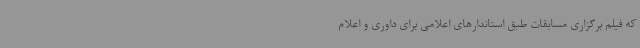
که فیلم برگزاری مسابقات طبق استاندارهای اعلامی برای داوری و اعلام